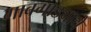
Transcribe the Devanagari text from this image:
गावगाड्याचे